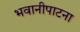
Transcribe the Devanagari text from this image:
भवानीपाटना